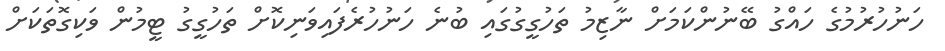
ހަނުހުރުމުގެ ހައްގު ބޭނުންކަމަށް ނާޒިމު ތަހުގީގުގައި ބުނެ ހަނުހުރެފައިވަނިކޮށް ތަހުގީގު ޓީމުން ވަކިގޮތަކަށް